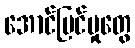
အောင်မြင်မှုတွေ